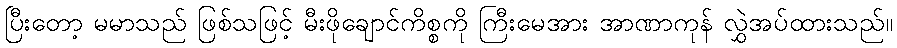
ပြီးတော့ မမာသည် ဖြစ်သဖြင့် မီးဖိုချောင်ကိစ္စကို ကြီးမေအား အာဏာကုန် လွှဲအပ်ထားသည်။